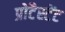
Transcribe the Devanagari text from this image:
प्रोटैस्टेंट